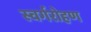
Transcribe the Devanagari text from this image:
स्वर्गरोहण